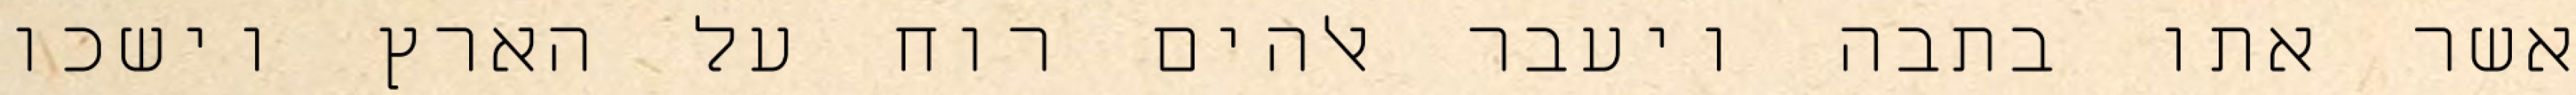
אשר אתו בתבה ויעבר אלהים רוח על הארץ וישכו